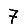
Digit: 7